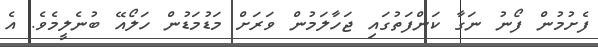
ފެށުމުން ފޯނު ނަގާ ކަންފަތުގައި ޖަހާލަމުން ވަރަށް މަޑުމަޑުން ހަލޯއޭ ބުނެލީމެވެ. އެ